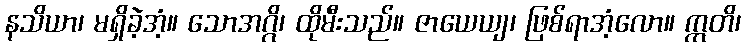
နသိယာ၊ မရှိခဲ့အံ့။ သောအဂ္ဂိ၊ ထိုမီးသည်။ ဇာယေယျ၊ ဖြစ်ရာအံ့လော။ ဣတိ၊